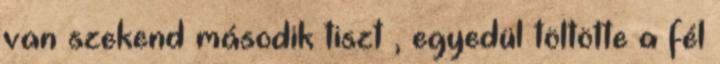
van szekend második tiszt , egyedül töltötte a fél